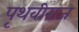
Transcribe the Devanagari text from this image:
पृथवीराज